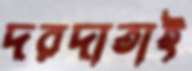
দরদাতাই